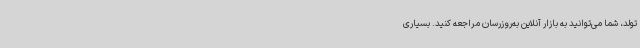
تولد، شما می‌توانید به بازار آنلاین به‌روزرسان مراجعه کنید. بسیاری